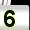
Digit: 5